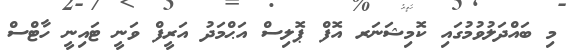
މި ބައްދަލުވުމުގައި ކޮމިޝަނަރ އޮފް ޕޮލިސް އަޙްމަދު އަރީފް ވަނީ ޓައިނީ ހާޓްސް